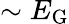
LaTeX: \sim E_{\mathrm{G}}